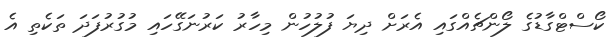
ކޯސްޓްގާޑުގެ ލޯންޗެއްގައި އެރަށް ދިޔަ ފުލުހުން މިހާރު ކަރުނަގޭހައި މުގުރުފަދަ ތަކެތި އެ